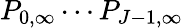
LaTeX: P_{0,\infty}\cdots P_{J-1,\infty}